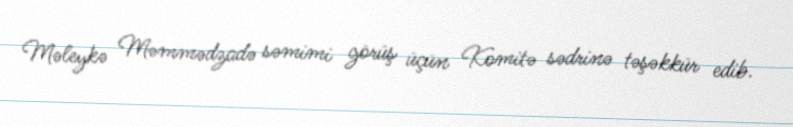
Məleykə Məmmədzadə səmimi görüş üçün Komitə sədrinə təşəkkür edib.